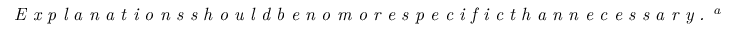
\textit { E x p l a n a t i o n s s h o u l d b e n o m o r e s p e c i f i c t h a n n e c e s s a r y . } \footnote { W e d o n o t k n o w w h i c h p o s s i b i l i t i e s w i l l e v e n t u a t e . A l e s s s p e c i f i c s t a t e m e n t c o n t r a d i c t s f e w e r p o s s i b i l i t i e s . O f a l l h y p o t h e s e s s u f f i c i e n t t o e x p l a i n w h a t w e p e r c e i v e , t h e l e a s t s p e c i f i c i s m o s t l i k e l y . }